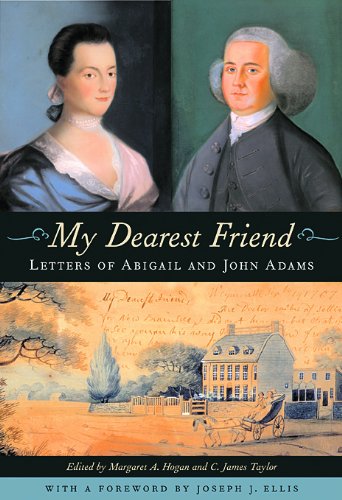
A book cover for My Dearest Friend: Letters of Abigail and John Adams, With a Foreword by Joseph J. Ellis; Abigail Adams; Literature & Fiction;